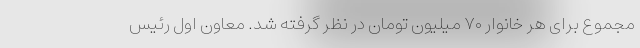
مجموع برای هر خانوار ۷۰ میلیون تومان در نظر گرفته شد. معاون اول رئیس